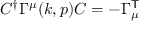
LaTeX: C ^ { \dagger } \Gamma ^ { \mu } ( k , p ) C = - \Gamma _ { \mu } ^ { \sf T }